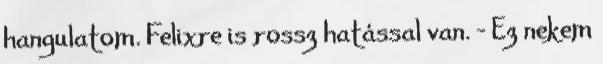
hangulatom. Felixre is rossz hatással van. - Ez nekem